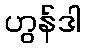
ဟွန်ဒါ